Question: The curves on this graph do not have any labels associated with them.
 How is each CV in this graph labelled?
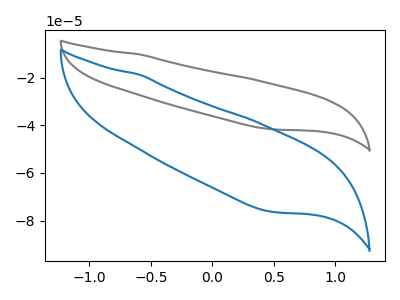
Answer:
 <answer>The gray curve does not have a label. The blue curve does not have a label.</answer>
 <eval></eval>